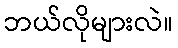
ဘယ်လိုများလဲ။